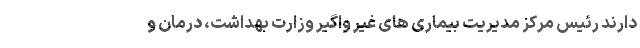
دارند رئیس مرکز مدیریت بیماری های غیر واگیر وزارت بهداشت، درمان و